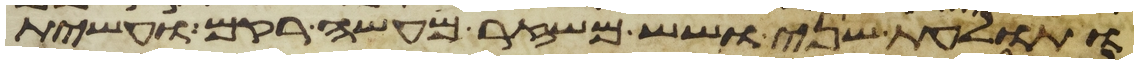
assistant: ותולעת שני ושש משזר מעשה רקם ועשית